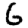
Digit: 6